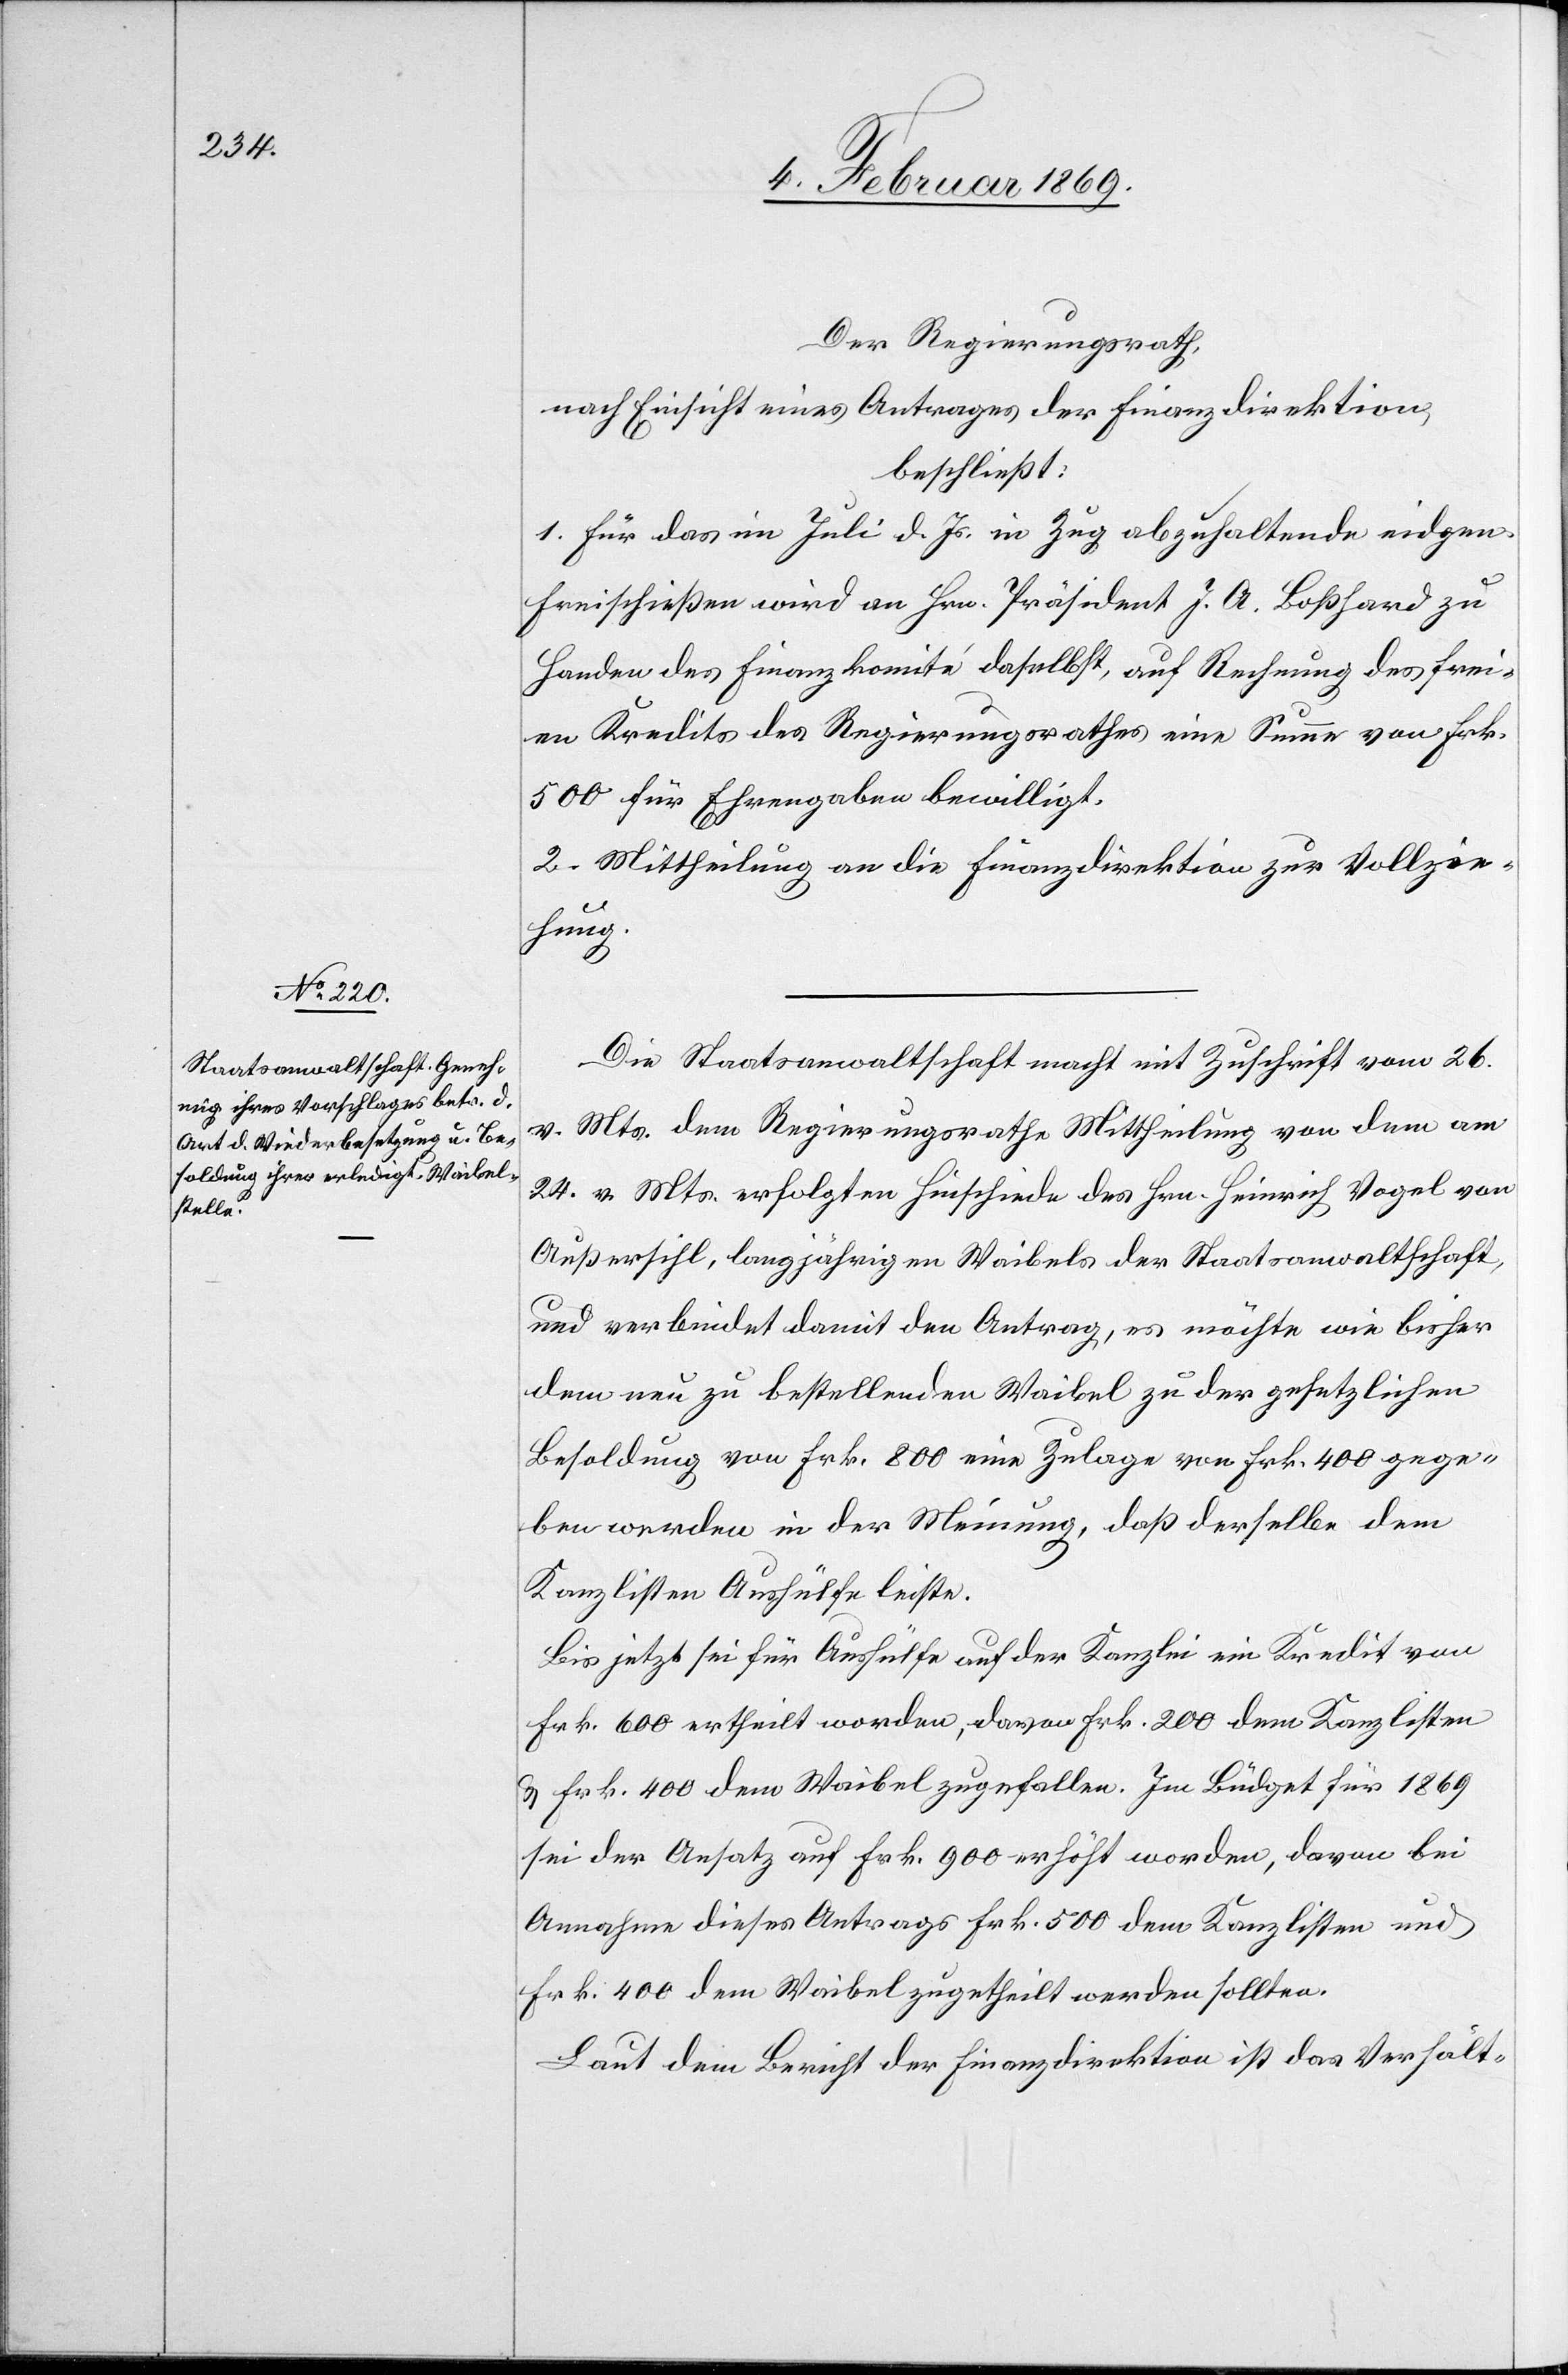
Der Regierungsrath,
nach Einsicht eines Antrages der Finanzdirektion,
beschließt:
1. Für das im Juli d. Js. in Zug abzuhaltende eidgen.
Freischießen wird an Hrn. Präsident J. A. Boßhard zu
Handen des Finanzkomité daselbst, auf Rechnung des frei¬
en Kredits des Regierungsrathes eine Summe von Frk.
500 für Ehrenabgaben bewilligt.
2. Mittheilung an die Finanzdirektion zur Vollzie¬
hung.
Die Staatsanwaltschaft macht mit Zuschrift vom 26.
v. Mts. dem Regierungsrathe Mittheilung von dem am
24. v. Mts. erfolgten Hinschiede des Hrn. Heinrich Vogel von
Außersihl, längjährigen Waibels der Staatsanwaltschaft,
und verbindet damit den Antrag, es möchte wie bisher
dem neu zu bestellenden Waibel zu der gesetzlichen
Besoldung von Frk. 800 eine Zulage von Frk. 400 gege¬
ben werden in der Meinung, daß derselbe dem
Kanzlisten Aushülfe leiste.
Bis jetzt sei für Aushülfe auf der Kanzlei ein Kredit von
Frk. 600 ertheilt worden, das von Frk. 200 dem Kanzlisten
u. Frk. 400 dem Waibel zugefallen. Im Büdget für 1869
sei der Ansatz auf Frk. 900 erhöht worden, davon bei
Annahme dieses Antrags Frk. 500 dem Kanzlisten und
Frk. 400 dem Waibel zugetheilt werden sollten.
Laut dem Bericht der Finanzdirektion ist das Verhält-